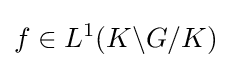
f\in L^{1}(K\backslash G/K)